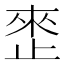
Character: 𰙬